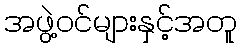
အဖွဲ့ဝင်များနှင့်အတူ